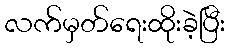
လက်မှတ်ရေးထိုးခဲ့ပြီး